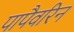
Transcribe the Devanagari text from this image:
पापैवरिन